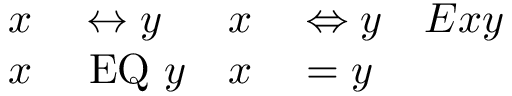
\begin{array} { r l r l r } { x } & { { } \leftrightarrow y } & { x } & { { } \Leftrightarrow y } & { E x y } \\ { x } & { { } \mathrm { ~ E Q ~ } y } & { x } & { { } = y } \end{array}